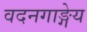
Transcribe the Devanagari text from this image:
वदनगाङ्गेय